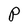
Character: P